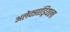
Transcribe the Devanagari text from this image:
अलेक्झांड्रियाला